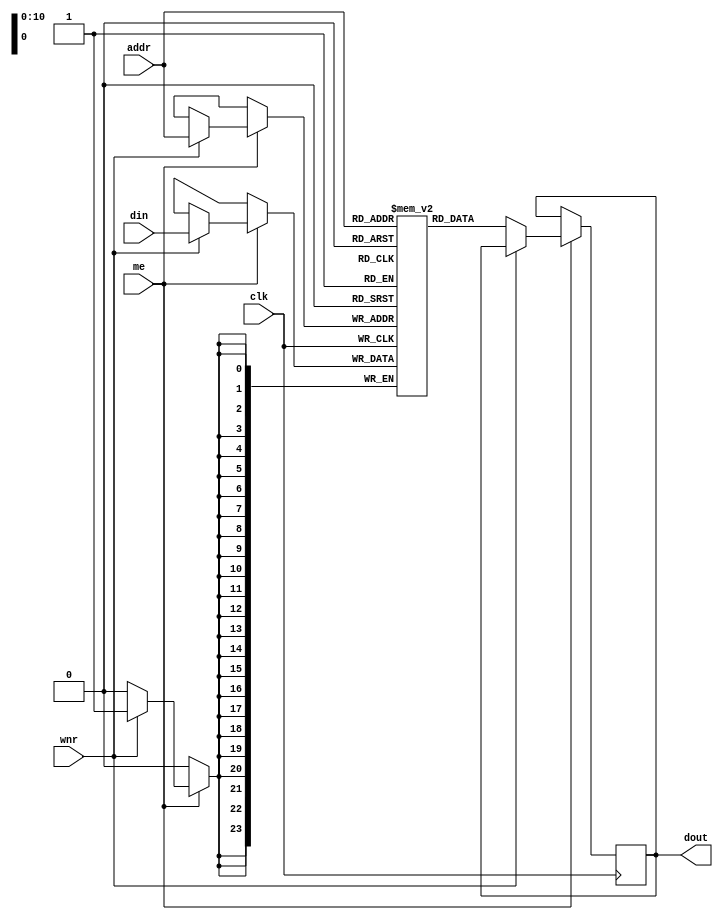
/*
 ###############################################################################
 # Copyright (c) 2012 - by UCLA.
 # All rights reserved.
 #
 # Author     : Fengbo Ren (fren@ee.ucla.edu)
 #
 # Description:
 ###############################################################################
*/

`ifdef TCQ
`else
 `define TCQ #1
`endif

module mem1p11_dxw_u (
	addr,
	din,
	me,
	wnr,
	clk,
	dout
);

	//-----------------------------------
	// Parameter Defination
	//-----------------------------------
		
	parameter DEPTH = 2048,  // DEPTH
	          WIDTH = 24;   // WIDTH
	
	localparam A = $clog2(DEPTH)>0 ? $clog2(DEPTH) : 1; //addr_width
	
	//-----------------------------------
	// Port Defination
	//-----------------------------------
	
	input      [A-1:0]     addr;   
	input      [WIDTH-1:0] din;     
	input                  me;    
	input                  wnr;   
	input                  clk;          
	output reg [WIDTH-1:0] dout;
	
	//-----------------------------------
	// Internal Signal Defination
	//-----------------------------------
	reg [WIDTH-1:0] mem [DEPTH-1:0]/*synthesis syn_ramstyle = "block_ram"*/;
	
	//-----------------------------------
	// Description
	//-----------------------------------
	
	// Write/Read data to mem                                    
	always @(posedge clk) 
	begin
		if (me)
		begin                                
			if (wnr) 
	  	begin                                    
	  		mem[addr] <= `TCQ din;
	  	end
	  	else 
	  	begin
	  		dout <= `TCQ mem[addr];
			end
		end	                                                  
	end                                                         
	

endmodule